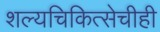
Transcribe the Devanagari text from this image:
शल्यचिकित्सेचीही